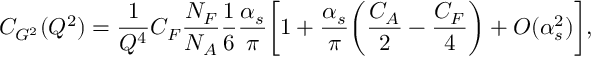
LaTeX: C _ { G ^ { 2 } } ( Q ^ { 2 } ) = \frac { 1 } { Q ^ { 4 } } C _ { F } \frac { N _ { F } } { N _ { A } } \frac { 1 } { 6 } \frac { \alpha _ { s } } { \pi } \biggl [ 1 + \frac { \alpha _ { s } } { \pi } \biggl ( \frac { C _ { A } } { 2 } - \frac { C _ { F } } { 4 } \biggr ) + O ( \alpha _ { s } ^ { 2 } ) \biggr ] ,